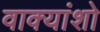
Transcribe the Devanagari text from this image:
वाक्यांशो